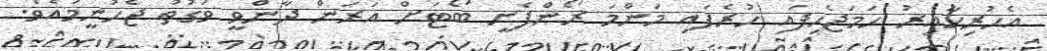
އެހުރިހާއިރު ހަމަޖެހިފައި ހުރެފައި މަންމަ ރޯންފެށީ ބޯޓަށް އަރަން ދާންވީ ވަގުތު ޖެހުނީމައެވެ.